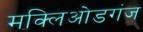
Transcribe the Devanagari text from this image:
मक्लिओडगंज